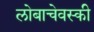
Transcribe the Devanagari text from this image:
लोबाचेवस्की